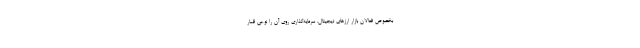
بخصوص فعالان بازار ارزهای دیجیتال، سرمایه‌گذاری روی آن را نوعی قمار